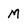
Character: M